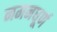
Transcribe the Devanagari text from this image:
नमनधूर्ण